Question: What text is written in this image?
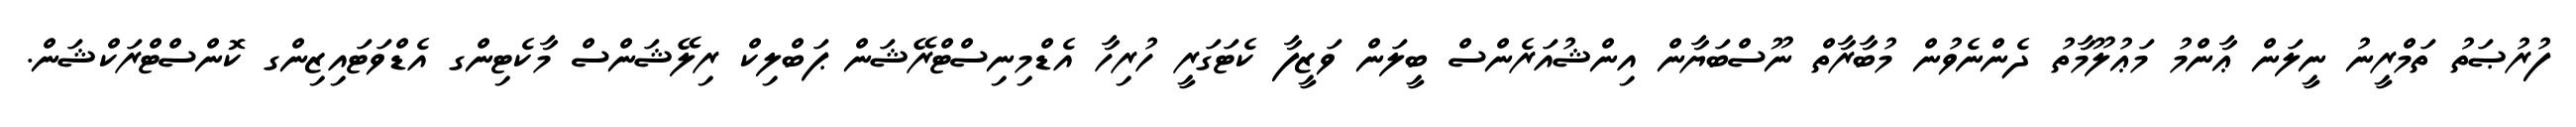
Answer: ފުރުޞަތު ތަމްރީނު ނީލަން ޢާންމު މަޢުލޫމާތު ދެންނެވުން މުބާރާތް ނޫސްބަޔާން އިންޝުއަރެންސް ބީލަން ވަޒީފާ ކެޓަގަރީ ހުރިހާ އެޑްމިނިސްޓްރޭޝަން ޕަބްލިކް ރިލޭޝަންސް މާކެޓިންގ އެޑްވަޓައިޒިންގ ކޮންސްޓްރަކްޝަން.